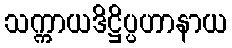
သက္ကာယဒိဋ္ဌိပ္ပဟာနာယ